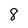
Character: 8